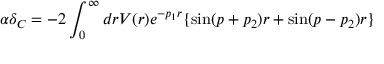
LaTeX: \alpha \delta _ { C } = - 2 \int _ { 0 } ^ { \infty } d r V ( r ) e ^ { - p _ { 1 } r } \lbrace \sin ( p + p _ { 2 } ) r + \sin ( p - p _ { 2 } ) r \rbrace